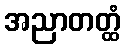
အညာတတ္ထံ